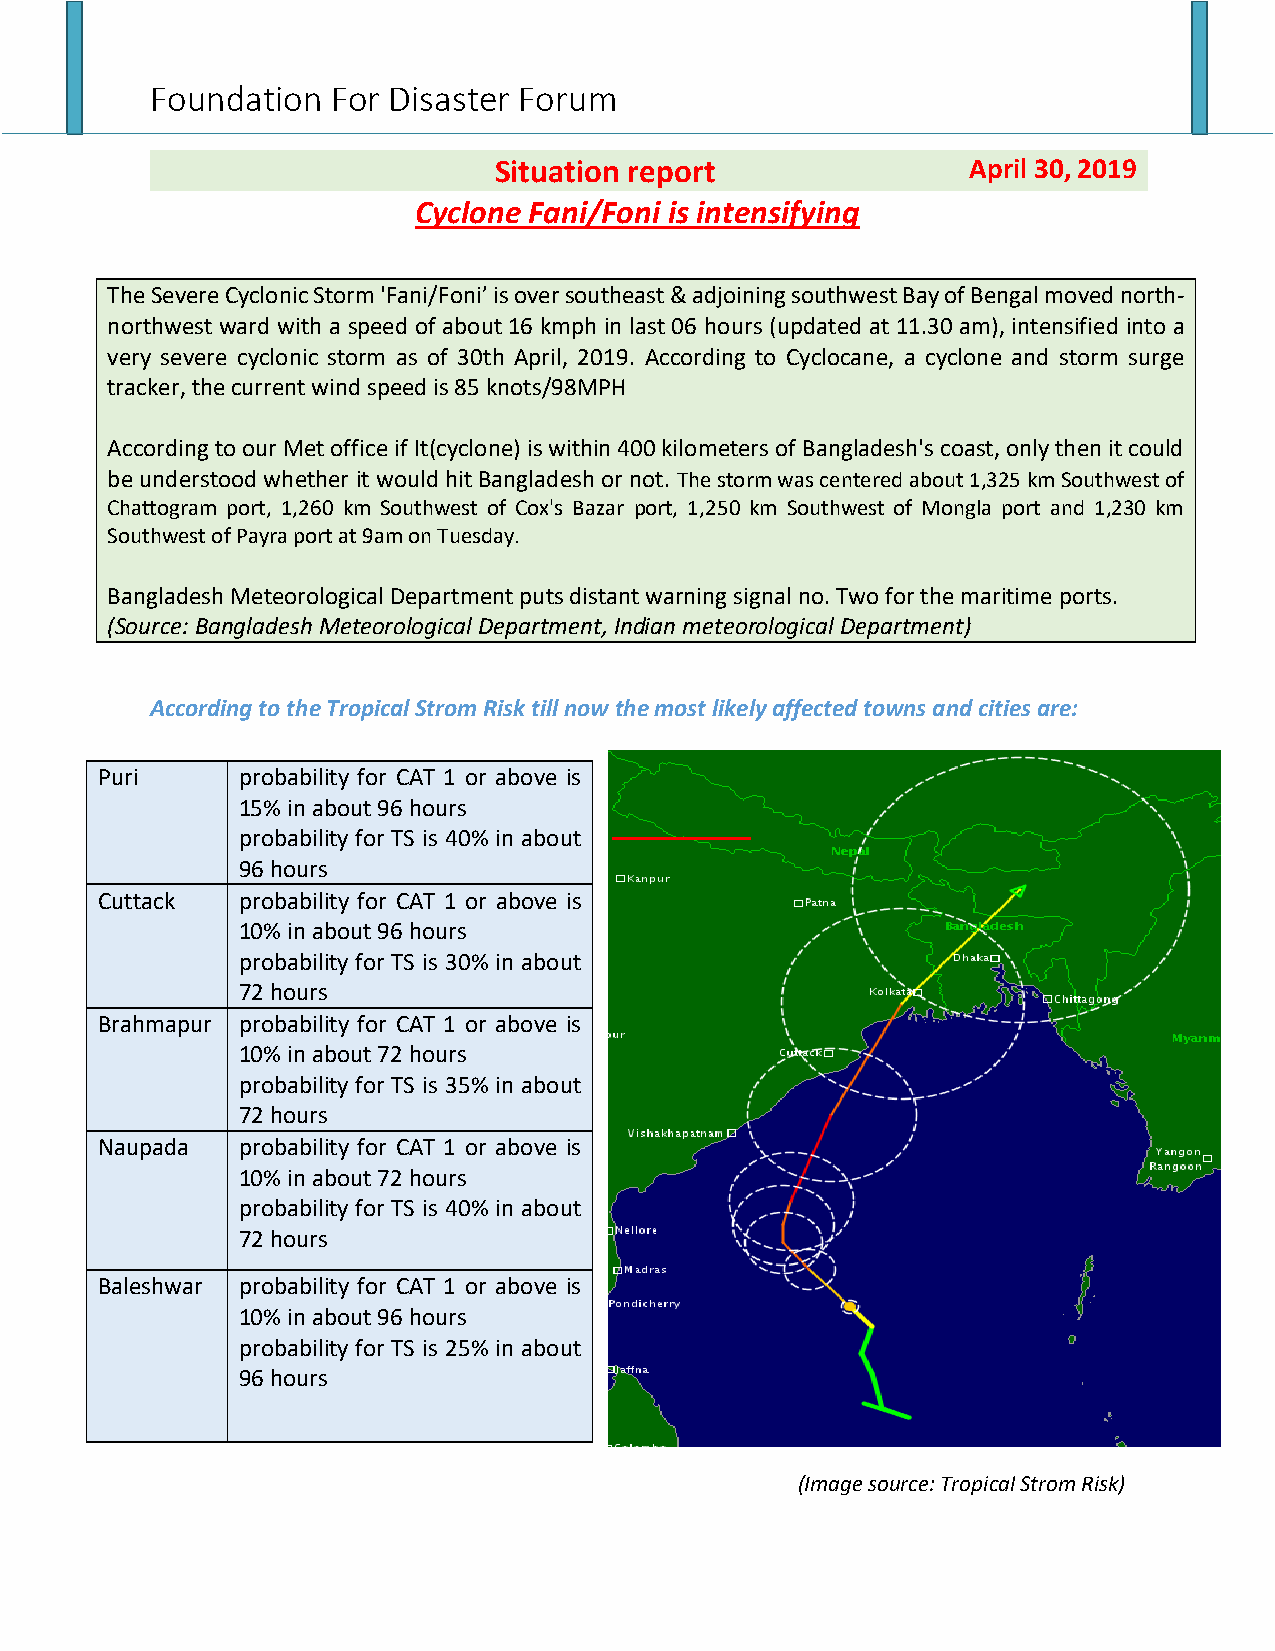
Foundation  For Disaster Forum
 Situation report               April 30, 2019
 Cyclone Fani/Foni is intensifying
 The Severe Cyclonic Storm 'Fani/Foni’ is over southeast & adjoining southwest Bay of Bengal moved north-
 northwest ward with a speed of about 16 kmph in last 06 hours (updated at 11.30 am), intensified into a
 very severe cyclonic storm as of 30th April, 2019. According to Cyclocane, a cyclone and storm surge
 tracker, the current wind speed is 85 knots/98MPH
 According to our Met office if It(cyclone) is within 400 kilometers of Bangladesh's coast, only then it could
 be understood whether it would hit Bangladesh or not. The storm was centered about 1,325 km Southwest of
 Chattogram port, 1,260 km Southwest of Cox's Bazar port, 1,250 km Southwest of Mongla port and 1,230 km
 Southwest of Payra port at 9am on Tuesday.
 Bangladesh Meteorological Department puts distant warning signal no. Two for the maritime ports.
 (Source: Bangladesh Meteorological Department, Indian meteorological Department)
 According to the Tropical Strom Risk till now the most likely affected towns and cities are:
 Puri      probability for CAT 1 or above is
 15% in about 96 hours
 probability for TS is 40% in about
 96 hours
 Cuttack   probability for CAT 1 or above is
 10% in about 96 hours
 probability for TS is 30% in about
 72 hours
 Brahmapur probability for CAT 1 or above is
 10% in about 72 hours
 probability for TS is 35% in about
 72 hours
 Naupada   probability for CAT 1 or above is
 10% in about 72 hours
 probability for TS is 40% in about
 72 hours
 Baleshwar probability for CAT 1 or above is
 10% in about 96 hours
 probability for TS is 25% in about
 96 hours
 (Image source: Tropical Strom Risk)